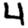
Digit: 4